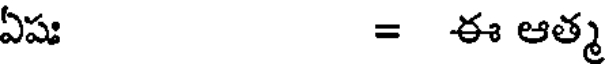
ఏషః = ఈ ఆత్మ